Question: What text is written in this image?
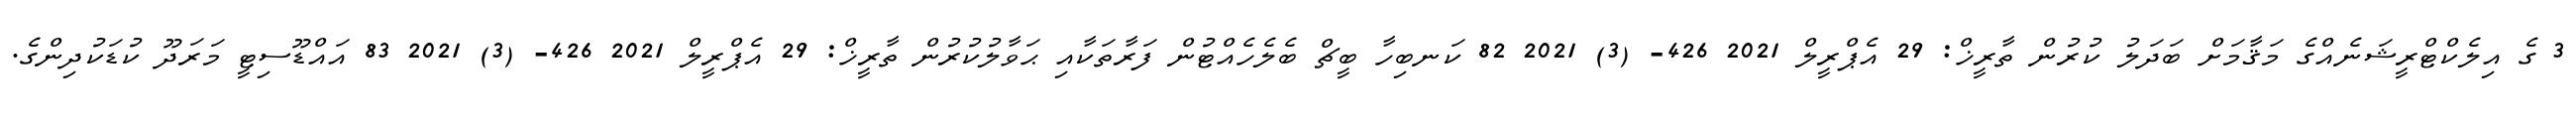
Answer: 3 ގެ އިލެކްޓްރީޝަނެއްގެ މަޤާމަށް ބަދަލު ކުރުން ތާރީޚް: 29 އެޕްރީލް 2021 426- (3) 2021 82 ކަނބިހާ ބީޗް ބެލެހެއްޓުން ފަރާތަކާއި ޙަވާލުކުރުން ތާރީޚް: 29 އެޕްރީލް 2021 426- (3) 2021 83 އައްޑޫސިޓީ މަރަދޫ ކުޑަކުދިންގެ.